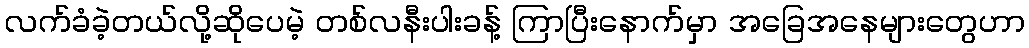
လက်ခံခဲ့တယ်လို့ဆိုပေမဲ့ တစ်လနီးပါးခန့် ကြာပြီးနောက်မှာ အခြေအနေများတွေဟာ